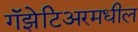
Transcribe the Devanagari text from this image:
गॅझेटिअरमधील